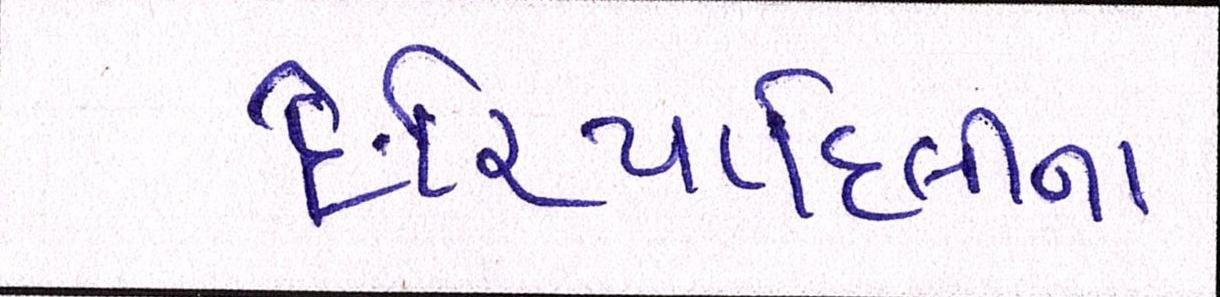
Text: દરિયાદિલીના